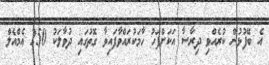
އެ ބޭފުޅުން ކުރެއްވި ދިރާސާ އަކަށްފަހު ހާމަކުރައްވާފައިވާ ގޮތުގައި ދުވާލަކު 250 އެމްއެލް